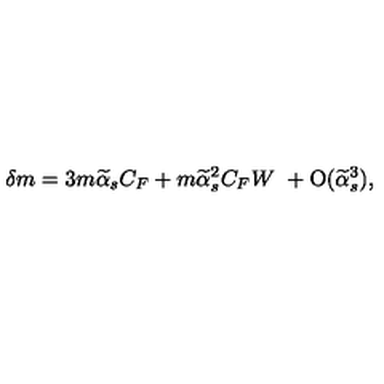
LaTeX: \delta m = 3 m \widetilde \alpha _ { s } C _ { F } + m \widetilde \alpha _ { s } ^ { 2 } C _ { F } W \ + \mathrm { O } ( \widetilde \alpha _ { s } ^ { 3 } ) ,